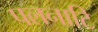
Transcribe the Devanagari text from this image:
पलनाटि